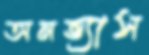
অনভ্যাস